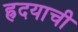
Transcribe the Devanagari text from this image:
ह्रदयाची